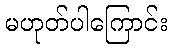
မဟုတ်ပါကြောင်း